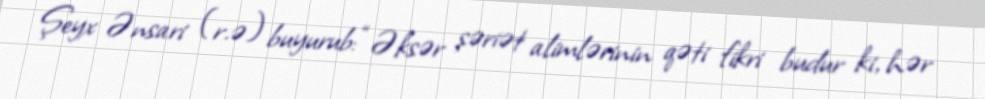
Şeyx Ənsari (r.ə) buyurub: “Əksər şəriət alimlərinin qəti fikri budur ki, hər